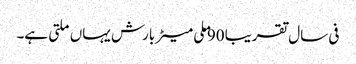
فی سال تقریبا 90 ملی میٹر بارش یہاں ملتی ہے۔